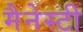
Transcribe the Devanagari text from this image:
मैनेस्टी